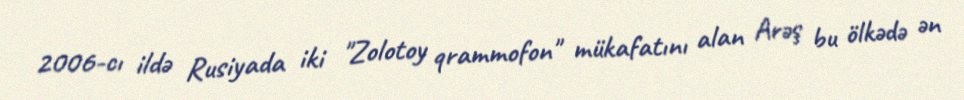
2006-cı ildə Rusiyada iki "Zolotoy qrammofon" mükafatını alan Arəş bu ölkədə ən